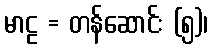
မာဠ = တန်ဆောင်း (၅)၊